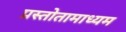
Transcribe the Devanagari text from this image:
प्रस्तोतामाध्यम